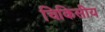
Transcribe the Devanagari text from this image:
चिकिसीय